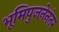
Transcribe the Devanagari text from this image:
भूमिपुजनेनंतर